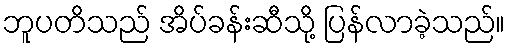
ဘူပတိသည် အိပ်ခန်းဆီသို့ ပြန်လာခဲ့သည်။